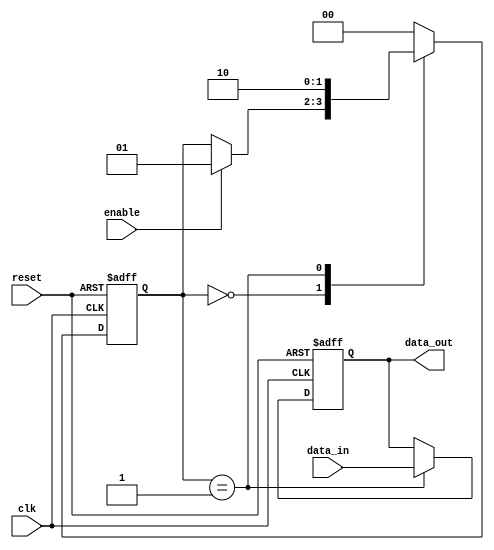
module negative_edge_example (
    input wire clk,         // Clock signal
    input wire reset,       // Reset signal
    input wire enable,      // Control signal
    input wire [7:0] data_in, // Input data
    output reg [7:0] data_out // Output data
);

    // State variable to represent the current state
    reg [1:0] state;

    // State encoding
    localparam STATE_IDLE = 2'b00;
    localparam STATE_PROCESS = 2'b01;
    localparam STATE_DONE = 2'b10;

    // Always block triggered on the negative edge of clk
    always @(negedge clk or negedge reset) begin
        if (!reset) begin
            // Reset condition
            state <= STATE_IDLE;
            data_out <= 8'b0;
        end else begin
            // State management and conditional logic
            case (state)
                STATE_IDLE: begin
                    if (enable) begin
                        state <= STATE_PROCESS;
                    end
                end
                
                STATE_PROCESS: begin
                    // Example processing: Simply pass the input data to output
                    data_out <= data_in;
                    state <= STATE_DONE;
                end
                
                STATE_DONE: begin
                    // Transition back to idle state
                    state <= STATE_IDLE;
                end
                
                default: state <= STATE_IDLE; // Fallback state
            endcase
        end
    end

endmodule